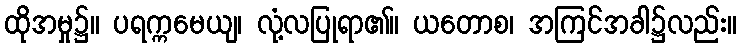
ထိုအမှု၌။ ပရက္ကမေယျ၊ လုံ့လပြုရာ၏။ ယတောစ၊ အကြင်အခါ၌လည်း။